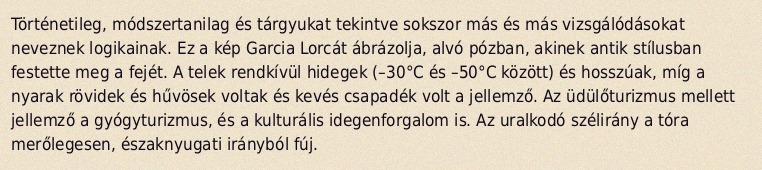
Történetileg, módszertanilag és tárgyukat tekintve sokszor más és más vizsgálódásokat neveznek logikainak. Ez a kép Garcia Lorcát ábrázolja, alvó pózban, akinek antik stílusban festette meg a fejét. A telek rendkívül hidegek (–30°C és –50°C között) és hosszúak, míg a nyarak rövidek és hűvösek voltak és kevés csapadék volt a jellemző. Az üdülőturizmus mellett jellemző a gyógyturizmus, és a kulturális idegenforgalom is. Az uralkodó szélirány a tóra merőlegesen, északnyugati irányból fúj.